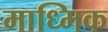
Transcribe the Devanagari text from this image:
माध्मिक